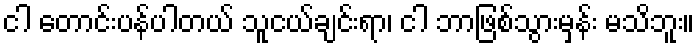
ငါ တောင်းပန်ပါတယ် သူငယ်ချင်းရာ၊ ငါ ဘာဖြစ်သွားမှန်း မသိဘူး။